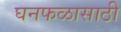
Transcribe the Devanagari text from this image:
घनफळासाठी